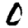
Digit: 0